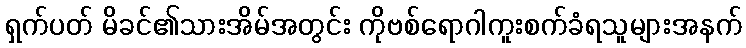
ရှက်ပတ် မိခင်၏သားအိမ်အတွင်း ကိုဗစ်ရောဂါကူးစက်ခံရသူများအနက်